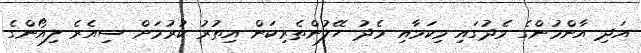
އަދި އާންމުންގެ މެދުގައި މިކަމާއި މެދު ހޭލުންތެރިކަން އިތުރު ކުރުމަށް ސިއެރެ ލިއޯންގެ